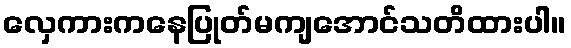
လှေကားကနေပြုတ်မကျအောင်သတိထားပါ။